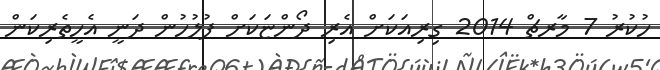
ހުކުރު 7 މާރޗް 2014 ގިރިއަކަށް އެރި ދޯންޏަކަށް ފުލުހުން ދަނީ އެހީތެރިކަން